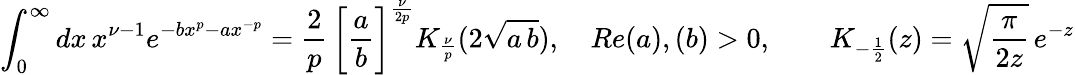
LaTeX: \int_{0}^{\infty}dx\, x^{\nu-1}e^{-bx^{p}-ax^{-p}}=\frac{2}{p}\, \bigg[\frac{a}{b}\bigg]^{\frac{\nu}{2p}}K_{\frac{\nu}{p}}(2\sqrt{a\, b}),\quad Re(a),(b)>0,\qquad K_{-\frac{1}{2}}(z)=\sqrt{\frac{\pi}{2z}}\, e^{-z}